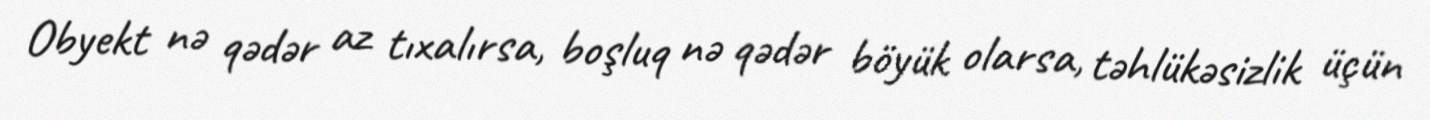
Obyekt nə qədər az tıxalırsa, boşluq nə qədər böyük olarsa, təhlükəsizlik üçün